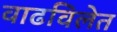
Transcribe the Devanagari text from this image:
वाढविलेत